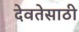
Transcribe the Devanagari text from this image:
देवतेसाठी